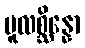
မူလစ္ဆိန္နော